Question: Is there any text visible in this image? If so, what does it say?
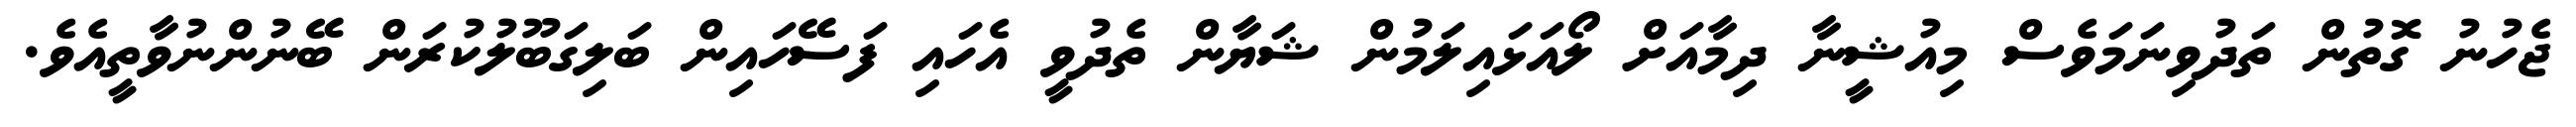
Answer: ޖެހުނު ގޮތުން ތަދުވިނަމަވެސް މިއުޝީނާ ދިމާއަށް ލޯއަޅައިލަމުން ޝަޔާން ތެދުވީ އެހައި ފަސޭހައިން ބަލިގަބޫލުކުރަން ބޭނުންނުވާތީއެވެ.